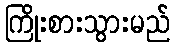
ကြိုးစားသွားမည်